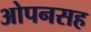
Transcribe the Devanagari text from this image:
ओपनसह